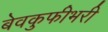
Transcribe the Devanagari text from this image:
बेवकुफीभरी